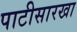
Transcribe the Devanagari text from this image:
पाटीसारखा